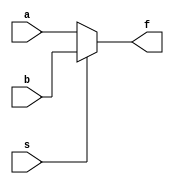
module mux_21_beh(f,a,b,s);
	output f;
	input a,b,s;
	reg f;
	always@(s or a or b)
		if(s==0) f=a;
		else f=b;
endmodule